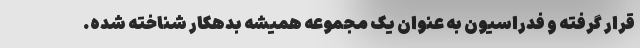
قرار گرفته و فدراسیون به عنوان یک مجموعه همیشه بدهکار شناخته شده.